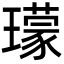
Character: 𤪑